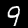
Digit: 9